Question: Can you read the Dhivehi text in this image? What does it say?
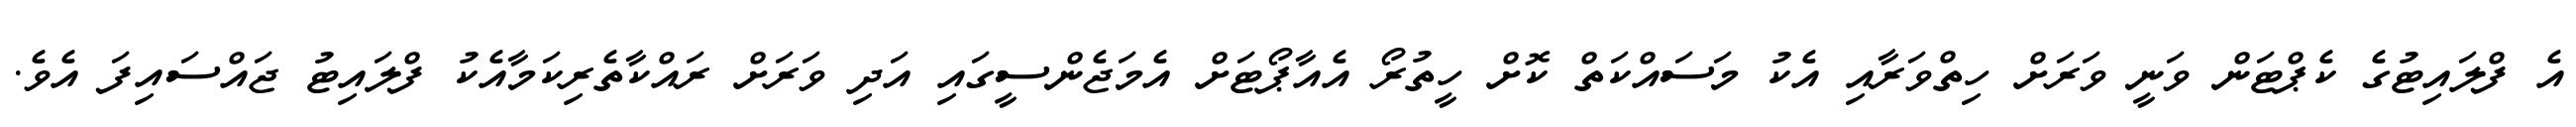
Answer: އެ ފްލައިޓުގެ ކެޕްޓަން ވަނީ ވަރަށް ހިތްވަރާއި އެކު މަސައްކަތް ކޮށް ހީތުރޯ އެއާޕޯޓަށް އެމަޖެންސީގައި އަދި ވަރަށް ރައްކާތެރިކަމާއެކު ފްލައިޓު ޖައްސައިފަ އެވެ.